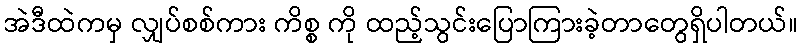
အဲဒီထဲကမှ လျှပ်စစ်ကား ကိစ္စ ကို ထည့်သွင်းပြောကြားခဲ့တာတွေရှိပါတယ်။